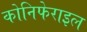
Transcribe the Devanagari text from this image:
कोनिफेराइल